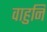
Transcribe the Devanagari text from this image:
वाहुनि